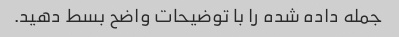
جمله داده شده را با توضیحات واضح بسط دهید.